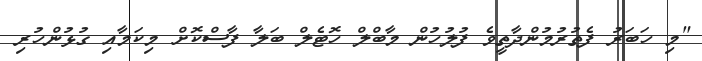
"މި ހަބަރު ފެތުރުމުންދާތީވެ ފުލުހުން މާބްލް ހޮޓެލް ބަލާ ފާސްކޮށް މިކަމާއި ގުޅުންހުރި